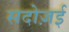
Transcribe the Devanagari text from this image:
सदोज़ई